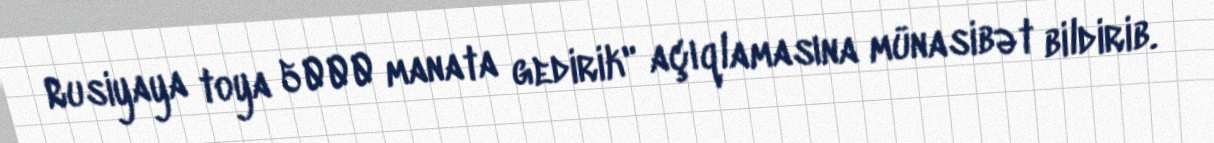
Rusiyaya toya 5000 manata gedirik" açıqlamasına münasibət bildirib.